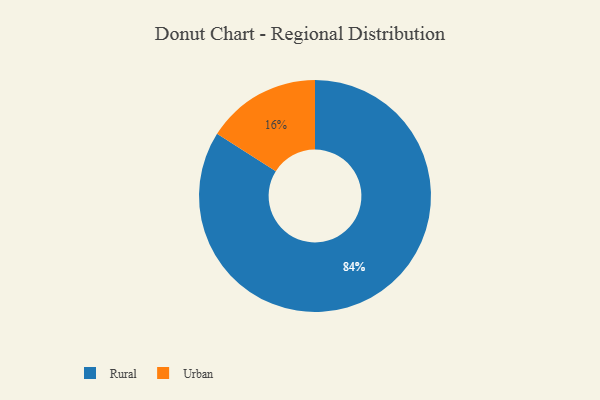
{"axis": {"x": "Category", "y": "Percentage"}, "legend": ["Rural", "Urban"], "data": [{"x": "Rural", "y": 84, "type": "Rural"}, {"x": "Urban", "y": 16, "type": "Urban"}]}